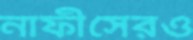
নাফীসেরও